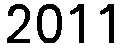
2011